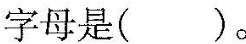
字母是( ).